Supplement to the account of plague administration in the Bombay Presidency from September 1896 till May 1897
Year: 1896
Disease focus: Plague
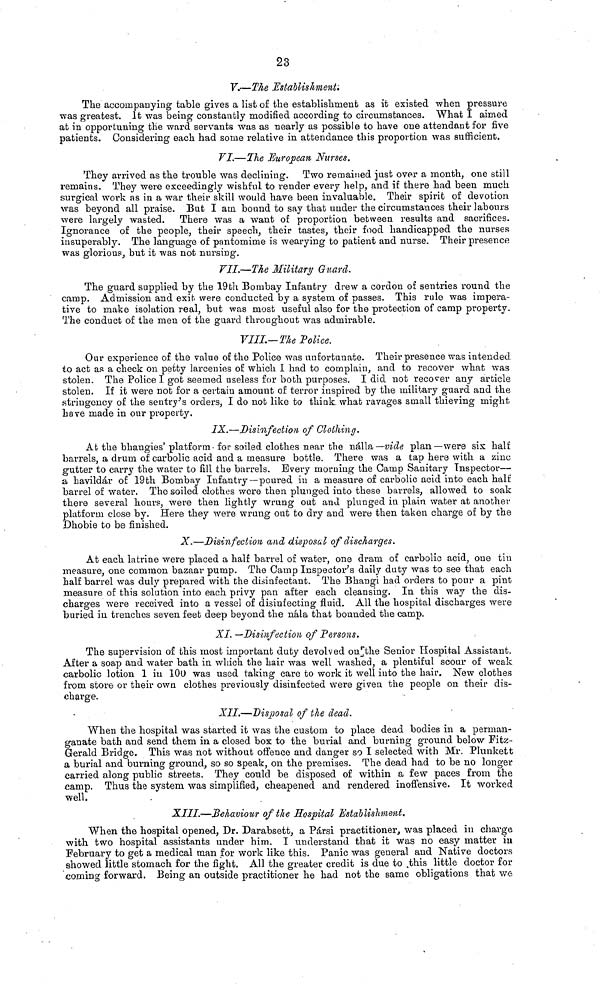
23
V.—The Establishment.
The accompanying table gives a list of the establishment as it existed when pressure
was greatest. It was being constantly modified according to circumstances. What I aimed
at in opportuning the ward servants was as nearly as possible to have one attendant for five
patients. Considering each had some relative in attendance this proportion was sufficient.
VI.—The European Nurses.
They arrived as the trouble was declining. Two remained just over a month, one still
remains. They were exceedingly wishful to render every help, and if there had been much
surgical work as in a war their skill would have been invaluable. Their spirit of devotion
was beyond all praise. But I am. bound to say that under the circumstances their labours
were largely wasted. There was a want of proportion between results and sacrifices.
Ignorance of the people, their speech, their tastes, their food handicapped the nurses
insuperably. The language of pantomime is wearying to patient and nurse. Their presence
was glorious, but it was not nursing.
VII.·—The Military Guard.
The guard supplied by the 19th Bombay Infantry drew a cordon of sentries round the
camp. Admission and exit were conducted by a system of passes. This rule was impera-
tive to make isolation real, but was most useful also for the protection of camp property.
The conduct of the men of the guard throughout was admirable.
VIII.—The Police.
Our experience of the value of the Police was unfortunate. Their presence was intended
to act as a check on petty larcenies of which I had to complain, and to recover what was
stolen. The Police I got seemed useless for both purposes. I did not recover any article
stolen. If it were not for a certain amount of terror inspired by the military guard and the
stringency of the sentry's orders, I do not like to think, what ravages small thieving might
have made in our property.
IX.—Disinfection of Clothing.
At the bhaugies' platform for soiled clothes near the nálla— vide plan—were six half
barrels, a drum of carbolic acid and a measure bottle. There was a tap here with a zinc
gutter to carry the water to fill the barrels. Every morning the Camp Sanitary Inspector—
a havildár of 19th Bombay Infantry —poured in a measure of carbolic acid into each half
barrel of water. The soiled clothes were then plunged into these barrels, allowed to soak
there several hours, were then lightly wrung out and plunged in plain water at another
platform close by. Here they were wrung out to dry and were then taken charge of by the
Dhobie to be finished.
X.—Disinfection and disposal of discharges.
At each latrine were placed a half barrel of water, one dram of carbolic acid, one tin
measure, one common bazaar pump. The Camp Inspector's daily duty was to see that each
half barrel was duly prepared with the disinfectant. The Bhangi had orders to pour a pint
measure of this solution into each privy pan after each cleansing. In this way the dis-
charges were received into a vessel of disinfecting fluid. All the hospital discharges were
buried in trenches seven feet deep beyond the nála that bounded the camp.
XI. —Disinfection of Persons.
The supervision of this most important duty devolved on the Senior Hospital Assistant.
After a soap and water bath in which the hair was well washed, a plentiful scour of weak
carbolic lotion 1 in 100 was used taking care to work it well into the hair. New clothes
from store or their own clothes previously disinfected were given the people on their dis-
charge.
XII.—Disposal of the dead.
When the hospital was started it was the custom to place dead bodies in a perman-
ganate bath and send them in a closed bos to the burial and burning ground below Fitz-
Gerald Bridge. This was not without offence and danger so I selected with Mr. Plunkett
a burial and burning ground, so so speak, on the premises. The dead had to be no longer
carried along public streets. They could be disposed of within a few paces from the
camp. Thus the system was simplified, cheapened and rendered inoffensive. It worked
well.
XIII.—Behaviour of the Hospital Establishment.
When the hospital opened, Dr. Darabsett, a Pársi practitioner, was placed in charge
with two hospital assistants under him. I understand that it was no easy matter in
February to get a medical man for work like this. Panic was general and Native doctors
showed little stomach for the fight. All the greater credit is due to this little doctor for
coming forward. Being an outside practitioner he had not the same obligations that we